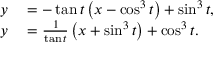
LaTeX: \begin{array} { r l } { y } & { { } = - \tan t \left( x - \cos ^ { 3 } t \right) + \sin ^ { 3 } t , } \\ { y } & { { } = { \frac { 1 } { \tan t } } \left( x + \sin ^ { 3 } t \right) + \cos ^ { 3 } t . } \end{array}